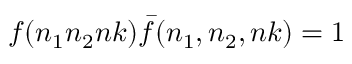
f ( n _ { 1 } n _ { 2 } n k ) { \bar { f } } ( n _ { 1 } , n _ { 2 } , n k ) = 1